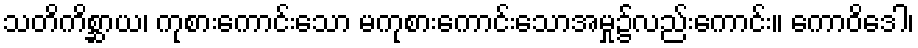
သတိကိစ္ဆာယ၊ ကုစားကောင်းသော မကုစားကောင်းသောအမှု၌လည်းကောင်း။ ကောဝိဒေါ၊